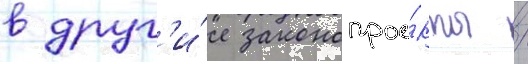
в друг'и́е законопрое́кты /